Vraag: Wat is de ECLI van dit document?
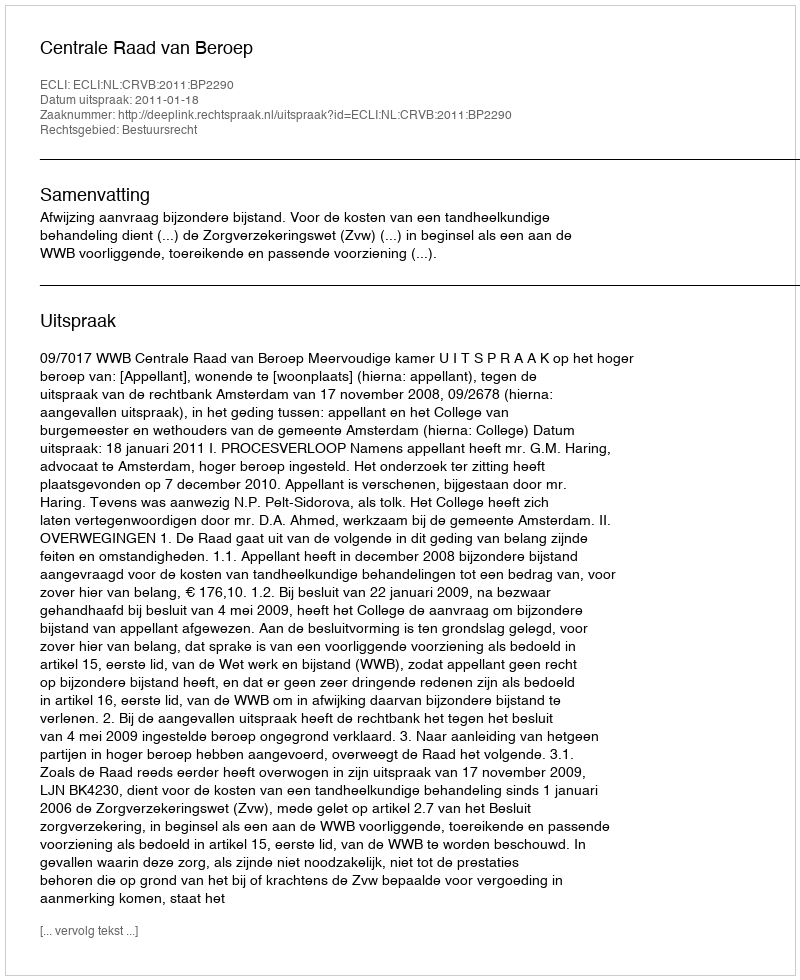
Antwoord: ECLI:NL:CRVB:2011:BP2290